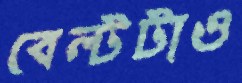
বেল্টটাও